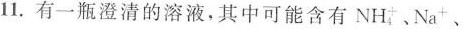
11.有一瓶澄清的溶液，其中可能含有NH_{4}、Na^{+}、